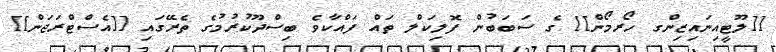
[[ލޫޓީއިނައިޒިންގ ހޯރމޯން]] ގެ ސަބަބުން ފޮލިކަލް ތައް ފައްކާވެ ބިސްދޫކުރުމުގެ ތެރޭގައި [[އެސްޓްރަޖަން]]